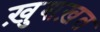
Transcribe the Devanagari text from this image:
ख़ुशख़त